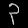
Digit: ၃